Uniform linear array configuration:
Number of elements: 16
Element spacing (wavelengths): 0.5
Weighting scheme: binomial
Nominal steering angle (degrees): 0
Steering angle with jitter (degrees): -0.7396
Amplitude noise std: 0.05
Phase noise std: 0.05

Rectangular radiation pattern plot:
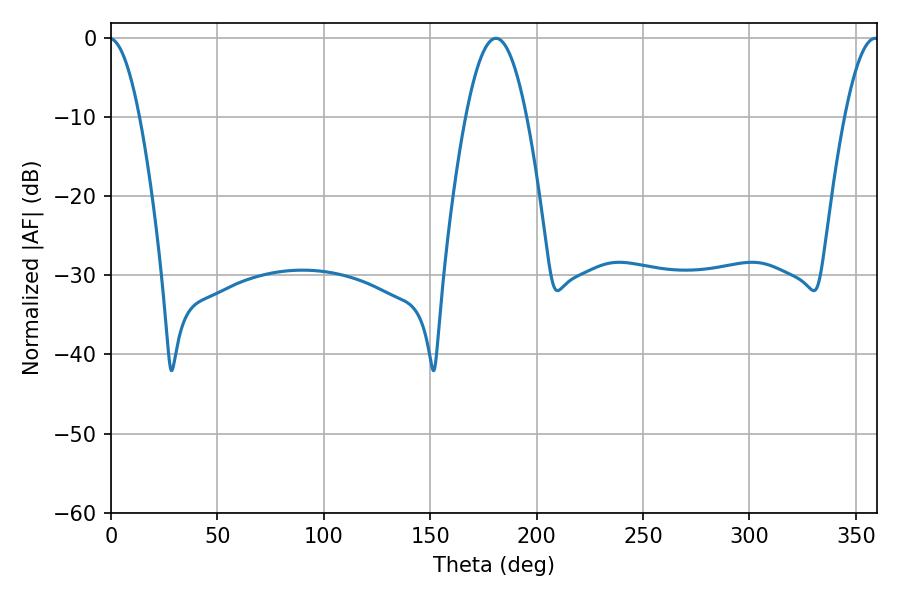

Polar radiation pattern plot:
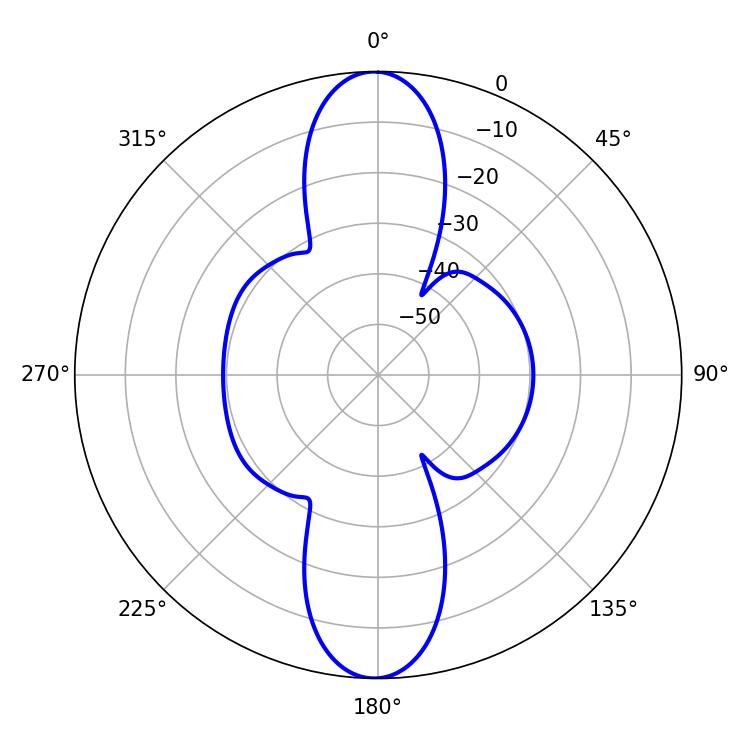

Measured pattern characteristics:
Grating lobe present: FALSE
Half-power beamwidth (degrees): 15.48
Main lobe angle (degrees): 180.9